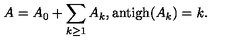
A = A _ { 0 } + \sum _ { k \geq 1 } A _ { k } \mathrm { , a n t i g h } ( A _ { k } ) = k .